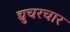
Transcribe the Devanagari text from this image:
द्युचरचार